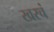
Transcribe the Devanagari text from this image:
खरचं